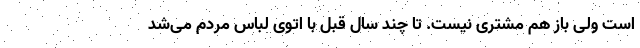
است ولی باز هم مشتری نیست. تا چند سال قبل با اتوی لباس مردم می‌شد